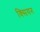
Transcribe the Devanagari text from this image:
क्सियन